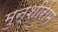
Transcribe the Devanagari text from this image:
मुन्शीराम